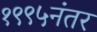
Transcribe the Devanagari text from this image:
१९९५नंतर